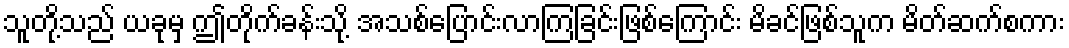
သူတို့သည် ယခုမှ ဤတိုက်ခန်းသို့ အသစ်ပြောင်းလာကြခြင်းဖြစ်ကြောင်း မိခင်ဖြစ်သူက မိတ်ဆက်စကား